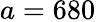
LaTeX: a=680